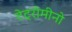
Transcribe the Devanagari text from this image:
टेट्रोमीनो